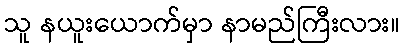
သူ နယူးယောက်မှာ နာမည်ကြီးလား။